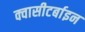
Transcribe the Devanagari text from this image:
क्वासीटर्बाइन